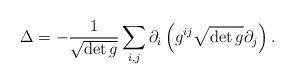
LaTeX: \begin{align*}\Delta=-\frac{1}{\sqrt{\det g}}\sum\limits_{i,j}\partial_i\left(g^{ij}\sqrt{\det g}\partial_j\right).\end{align*}